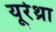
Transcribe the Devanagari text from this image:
यूरेथ्रा